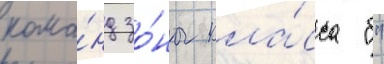
кома́нд зо́ны кла́сса "б"